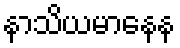
နာသိယမာနေန